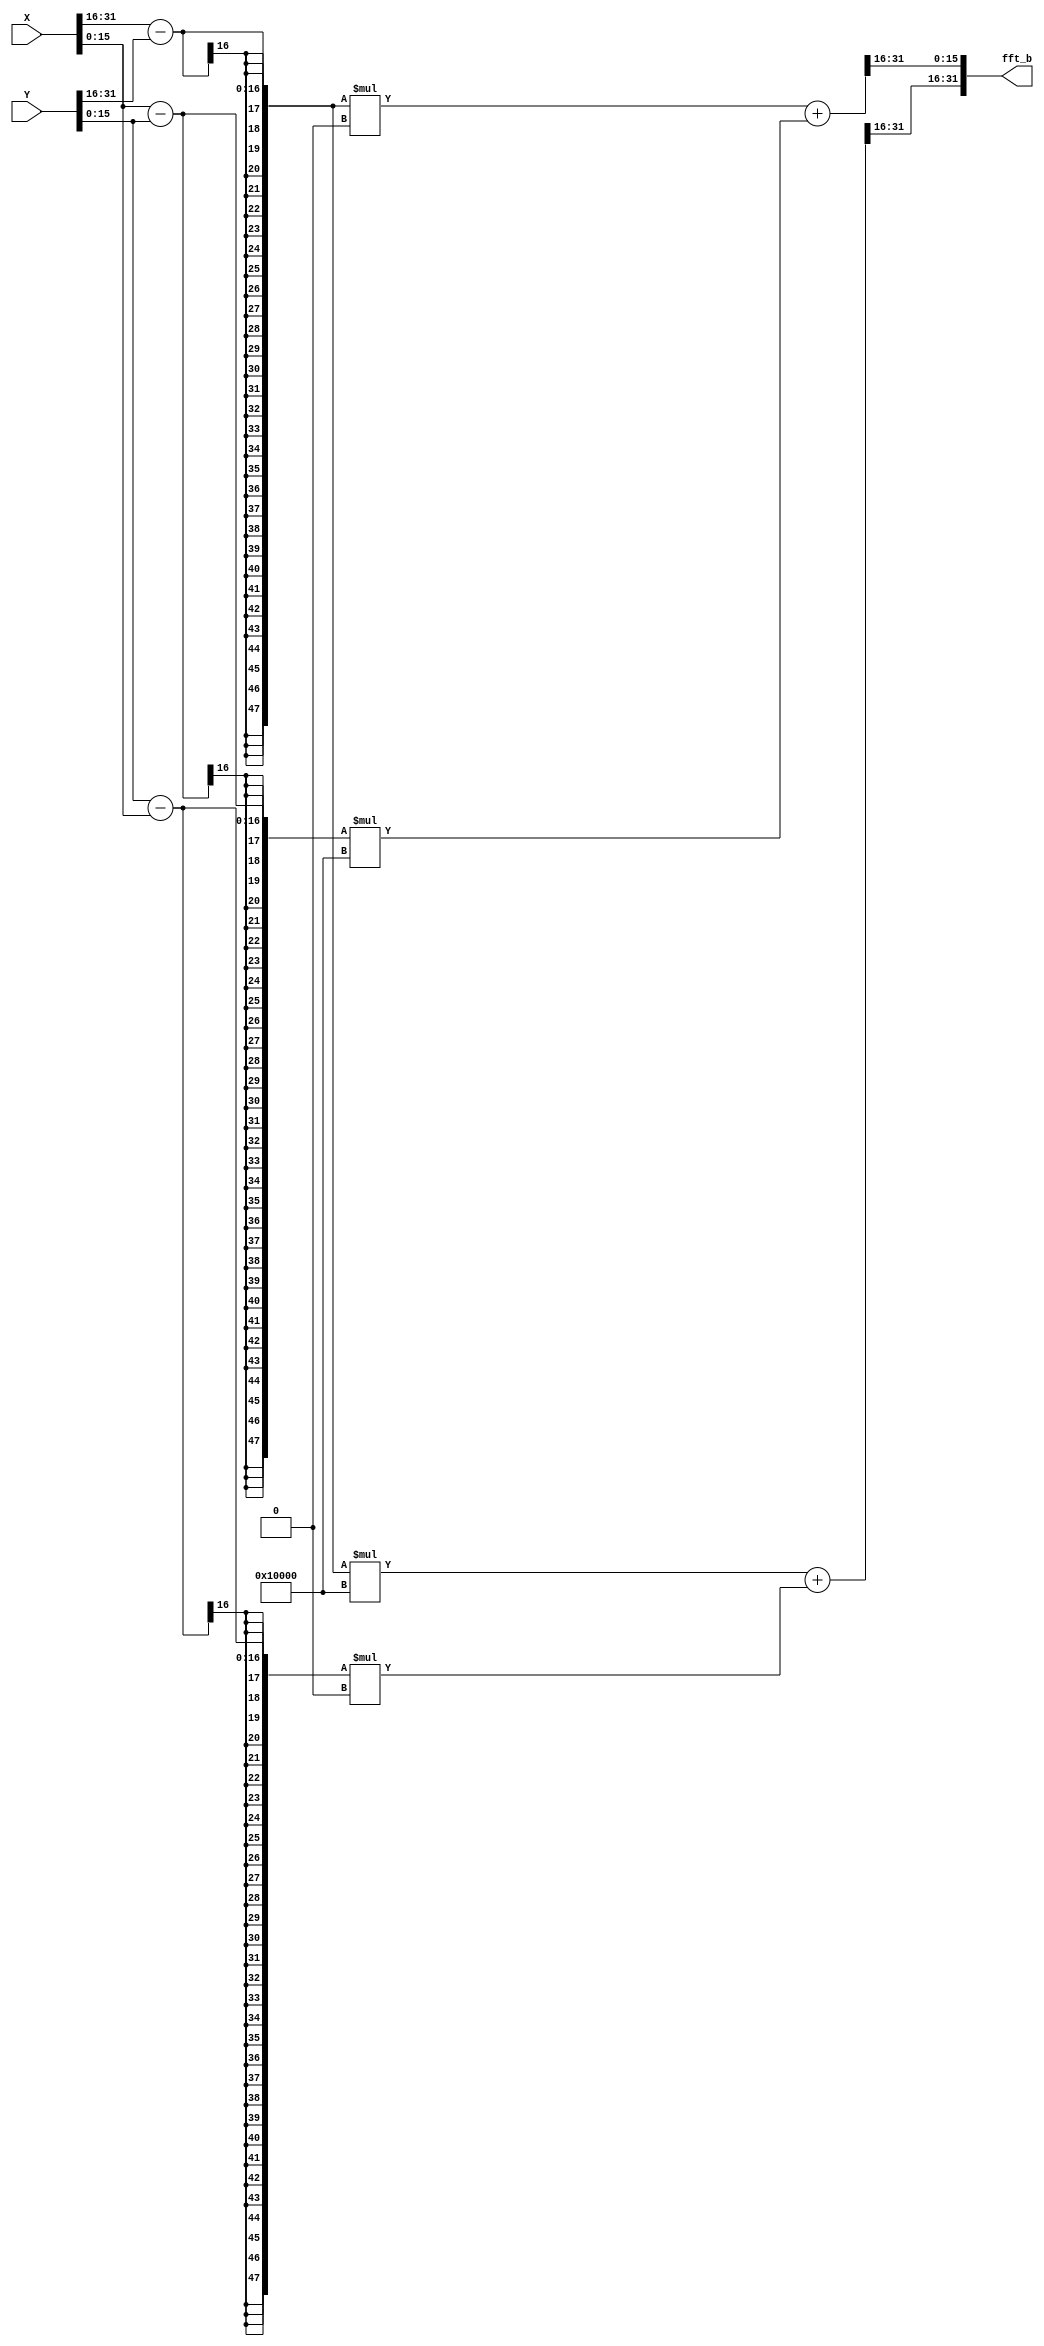
module FFT_butterfly_minus (
    input [31:0] X,Y,
    output [31:0] fft_b
);
    parameter signed W_real = 32'h00010000;
    parameter signed W_img = 32'h00000000;

    wire signed [15:0] X_real,Y_real,X_img,Y_img;
    assign X_real = X[31:16];
    assign Y_real = Y[31:16];
    assign X_img = X[15:0];
    assign Y_img = Y[15:0];

    wire signed [47:0] fft_b_real,fft_b_img;
    assign fft_b_real = (X_real - Y_real) * W_real + (Y_img - X_img) * W_img;
    assign fft_b_img = (X_real - Y_real) * W_img + (X_img - Y_img) * W_real;
    
    assign fft_b[31:16] = {fft_b_real[31:24], fft_b_real[23:16]};
    assign fft_b[15:0] = {fft_b_img[31:24], fft_b_img[23:16]};

endmodule